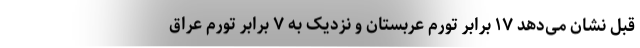
قبل نشان می‌دهد ۱۷ برابر تورم عربستان و نزدیک به ۷ برابر تورم عراق